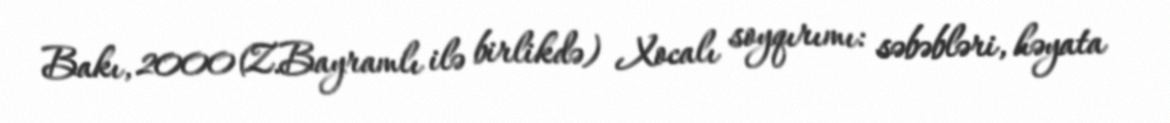
Bakı, 2000(Z.Bayramlı ilə birlikdə) Xocalı soyqırımı: səbəbləri, həyata